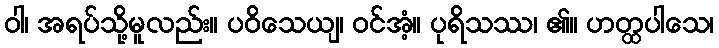
ဝါ၊ အရပ်သို့မူလည်း။ ပဝိသေယျ၊ ဝင်အံ့။ ပုရိသဿ၊ ၏။ ဟတ္ထပါသေ၊